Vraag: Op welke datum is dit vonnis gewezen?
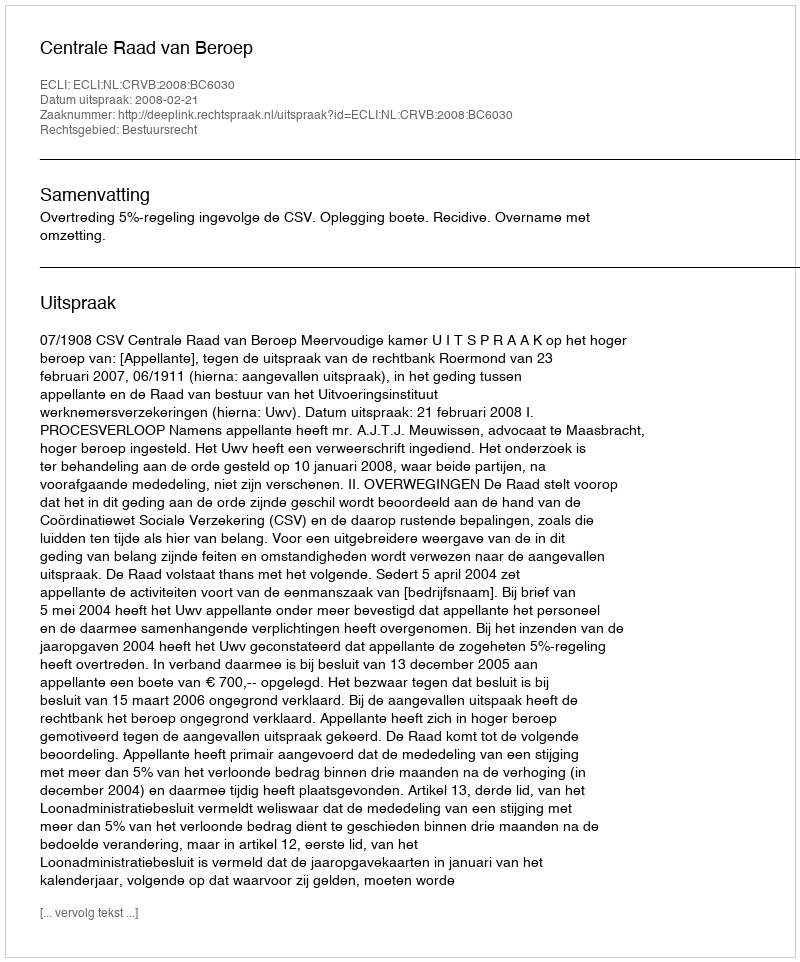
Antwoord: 2008-02-21